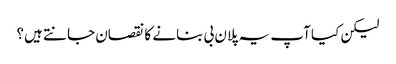
لیکن کیا آپ یہ پلان بی بنانے کا نقصان جانتے ہیں؟